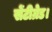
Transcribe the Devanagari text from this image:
सेंटीग्रेड।